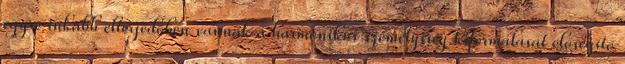
egyre inkább elterjedőben vannak a harmónikus személyiség kiformálását elősegítő